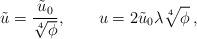
LaTeX: \begin{align*} \tilde{u} = \frac{\tilde{u}_0}{\sqrt[4]{\phi}}, \qquad u = 2 \tilde{u}_0\lambda \sqrt[4]{\phi}\,,\end{align*}